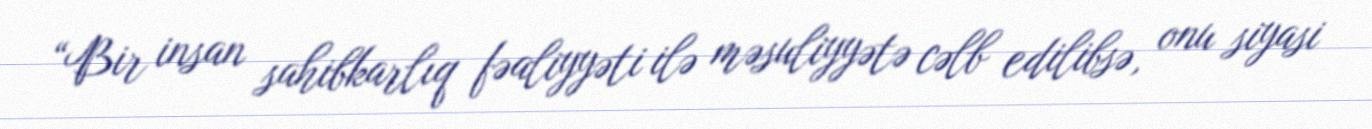
“Bir insan sahibkarlıq fəaliyyəti ilə məsuliyyətə cəlb edilibsə, onu siyasi